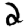
Digit: 2